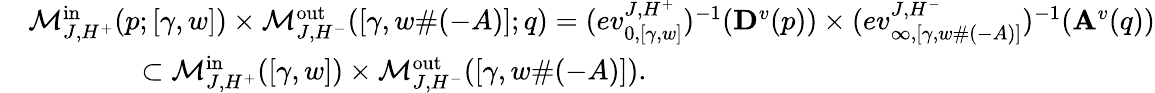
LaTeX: \begin{array}{rl}&{\mathcal{M}_{J,H^{+}}^{\mathrm{in}}(p;[\gamma,w])\times\mathcal{M}_{J,H^{-}}^{\mathrm{out}}([\gamma,w\# (-A)];q)=(ev_{0,[\gamma,w]}^{J,H^{+}})^{-1}(\mathbf{D}^{v}(p))\times(ev_{\infty,[\gamma,w\# (-A)]}^{J,H^{-}})^{-1}(\mathbf{A}^{v}(q))}\\ &{\qquad\qquad\subset\mathcal{M}_{J,H^{+}}^{\mathrm{in}}([\gamma,w])\times\mathcal{M}_{J,H^{-}}^{\mathrm{out}}([\gamma,w\# (-A)]).}\end{array}